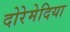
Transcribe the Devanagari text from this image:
दोरेमेदिया